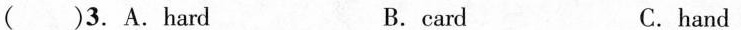
( )3. A.Hard B.card C.hand